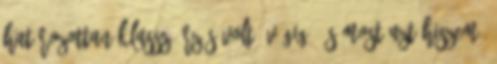
határozottan klassz érzés volt, végig. És most azt hiszem,